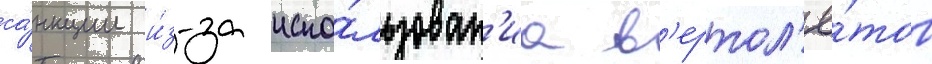
са́нкции и́з-за испо́льзован'иа в'ертол'ё́тов